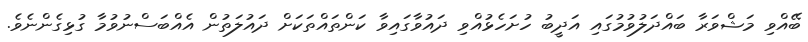
ބޭއްވި މަޝްވަރާ ބައްދަލުވުމުގައި އަދީބު ހުށަހެޅުއްވި ދައުވާގައިވާ ކަންތައްތަކަށް ދައުލަތުން އެއްބަސްނުވުމާ ގުޅިގެންނެވެ.